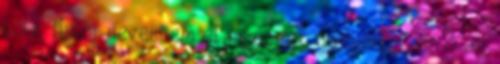
tőle. Mikor nevettem el magamat úgy, ahogyan ő az